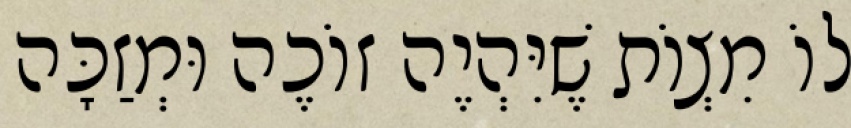
לוֹ מִצְוֹת שֶׁיִּהְיֶה זוֹכֶה וּמְזַכָּה